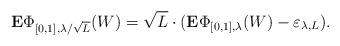
LaTeX: \begin{align*}\mathbf{E}\Phi_{[0,1],\lambda/\sqrt{L}}(W)=\sqrt{L}\cdot(\mathbf{E}\Phi_{[0,1],\lambda}(W)-\varepsilon_{\lambda,L}).\end{align*}